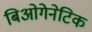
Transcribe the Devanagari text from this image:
बिओगेनेटिक